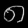
Digit: ၈